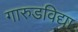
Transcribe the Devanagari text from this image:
गारुडविद्या